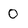
Character: 0